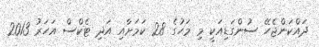
ދައްކަންޖެހޭ ސުންގަޑިއަކީ މި މަހުގެ 28 ކަމަށާއި އަދި ޓެކްސް އަހަރު 2013